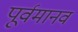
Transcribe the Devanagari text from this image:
पूर्वमानव